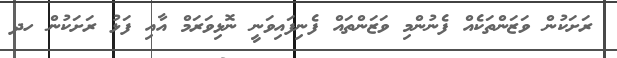
ރަށަކުން ވަޒަންތަކެއް ފެނުންމި ވަޒަންތައް ފެނިފައިވަނީ ނޮޅިވަރަމް އާއި ފަޅު ރަށަކުން ހދ